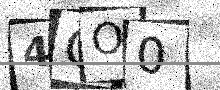
Text: 4GO0